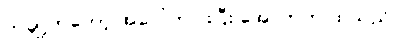
တချို့ကတော့ အပေါ်ကပါးပြီး အောက်က ထူသည်။